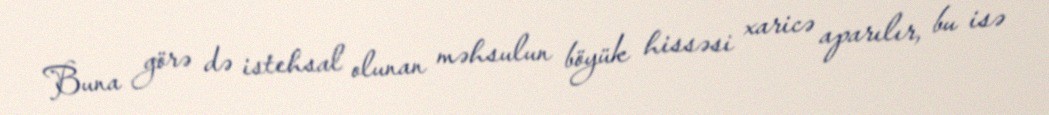
Buna görə də istehsal olunan məhsulun böyük hissəsi xaricə aparılır, bu isə